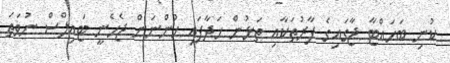
ކުނި ބަހައްޓާ ޖާގައިގެ ފާރުތަކާއި ތަޅުން ހަދާފައި ހުންނަން ޖެހެނީ ޓައިލްސް ނުވަތަ